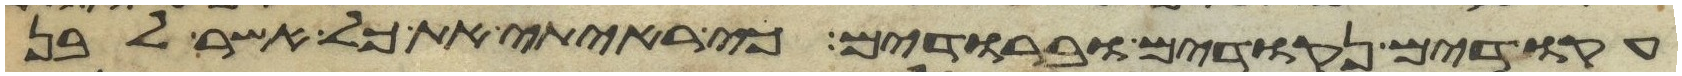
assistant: עקודים נקודים וברודים כי ראיתי את כל אשר לבן